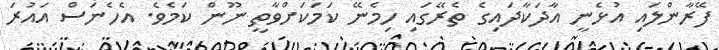
ފޭރާންލައި އުޅެނީ އާދަކާދައިގެ ތެރޭގައި ހިމެނޭ ކަމަކަށްވާތީ ނޫން ކަމެވެ. އެހެނަސް އައުރަ